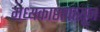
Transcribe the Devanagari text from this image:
मध्यकाष्ठापासून